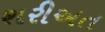
શરીઅત